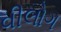
વીલોગ